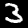
Digit: 3